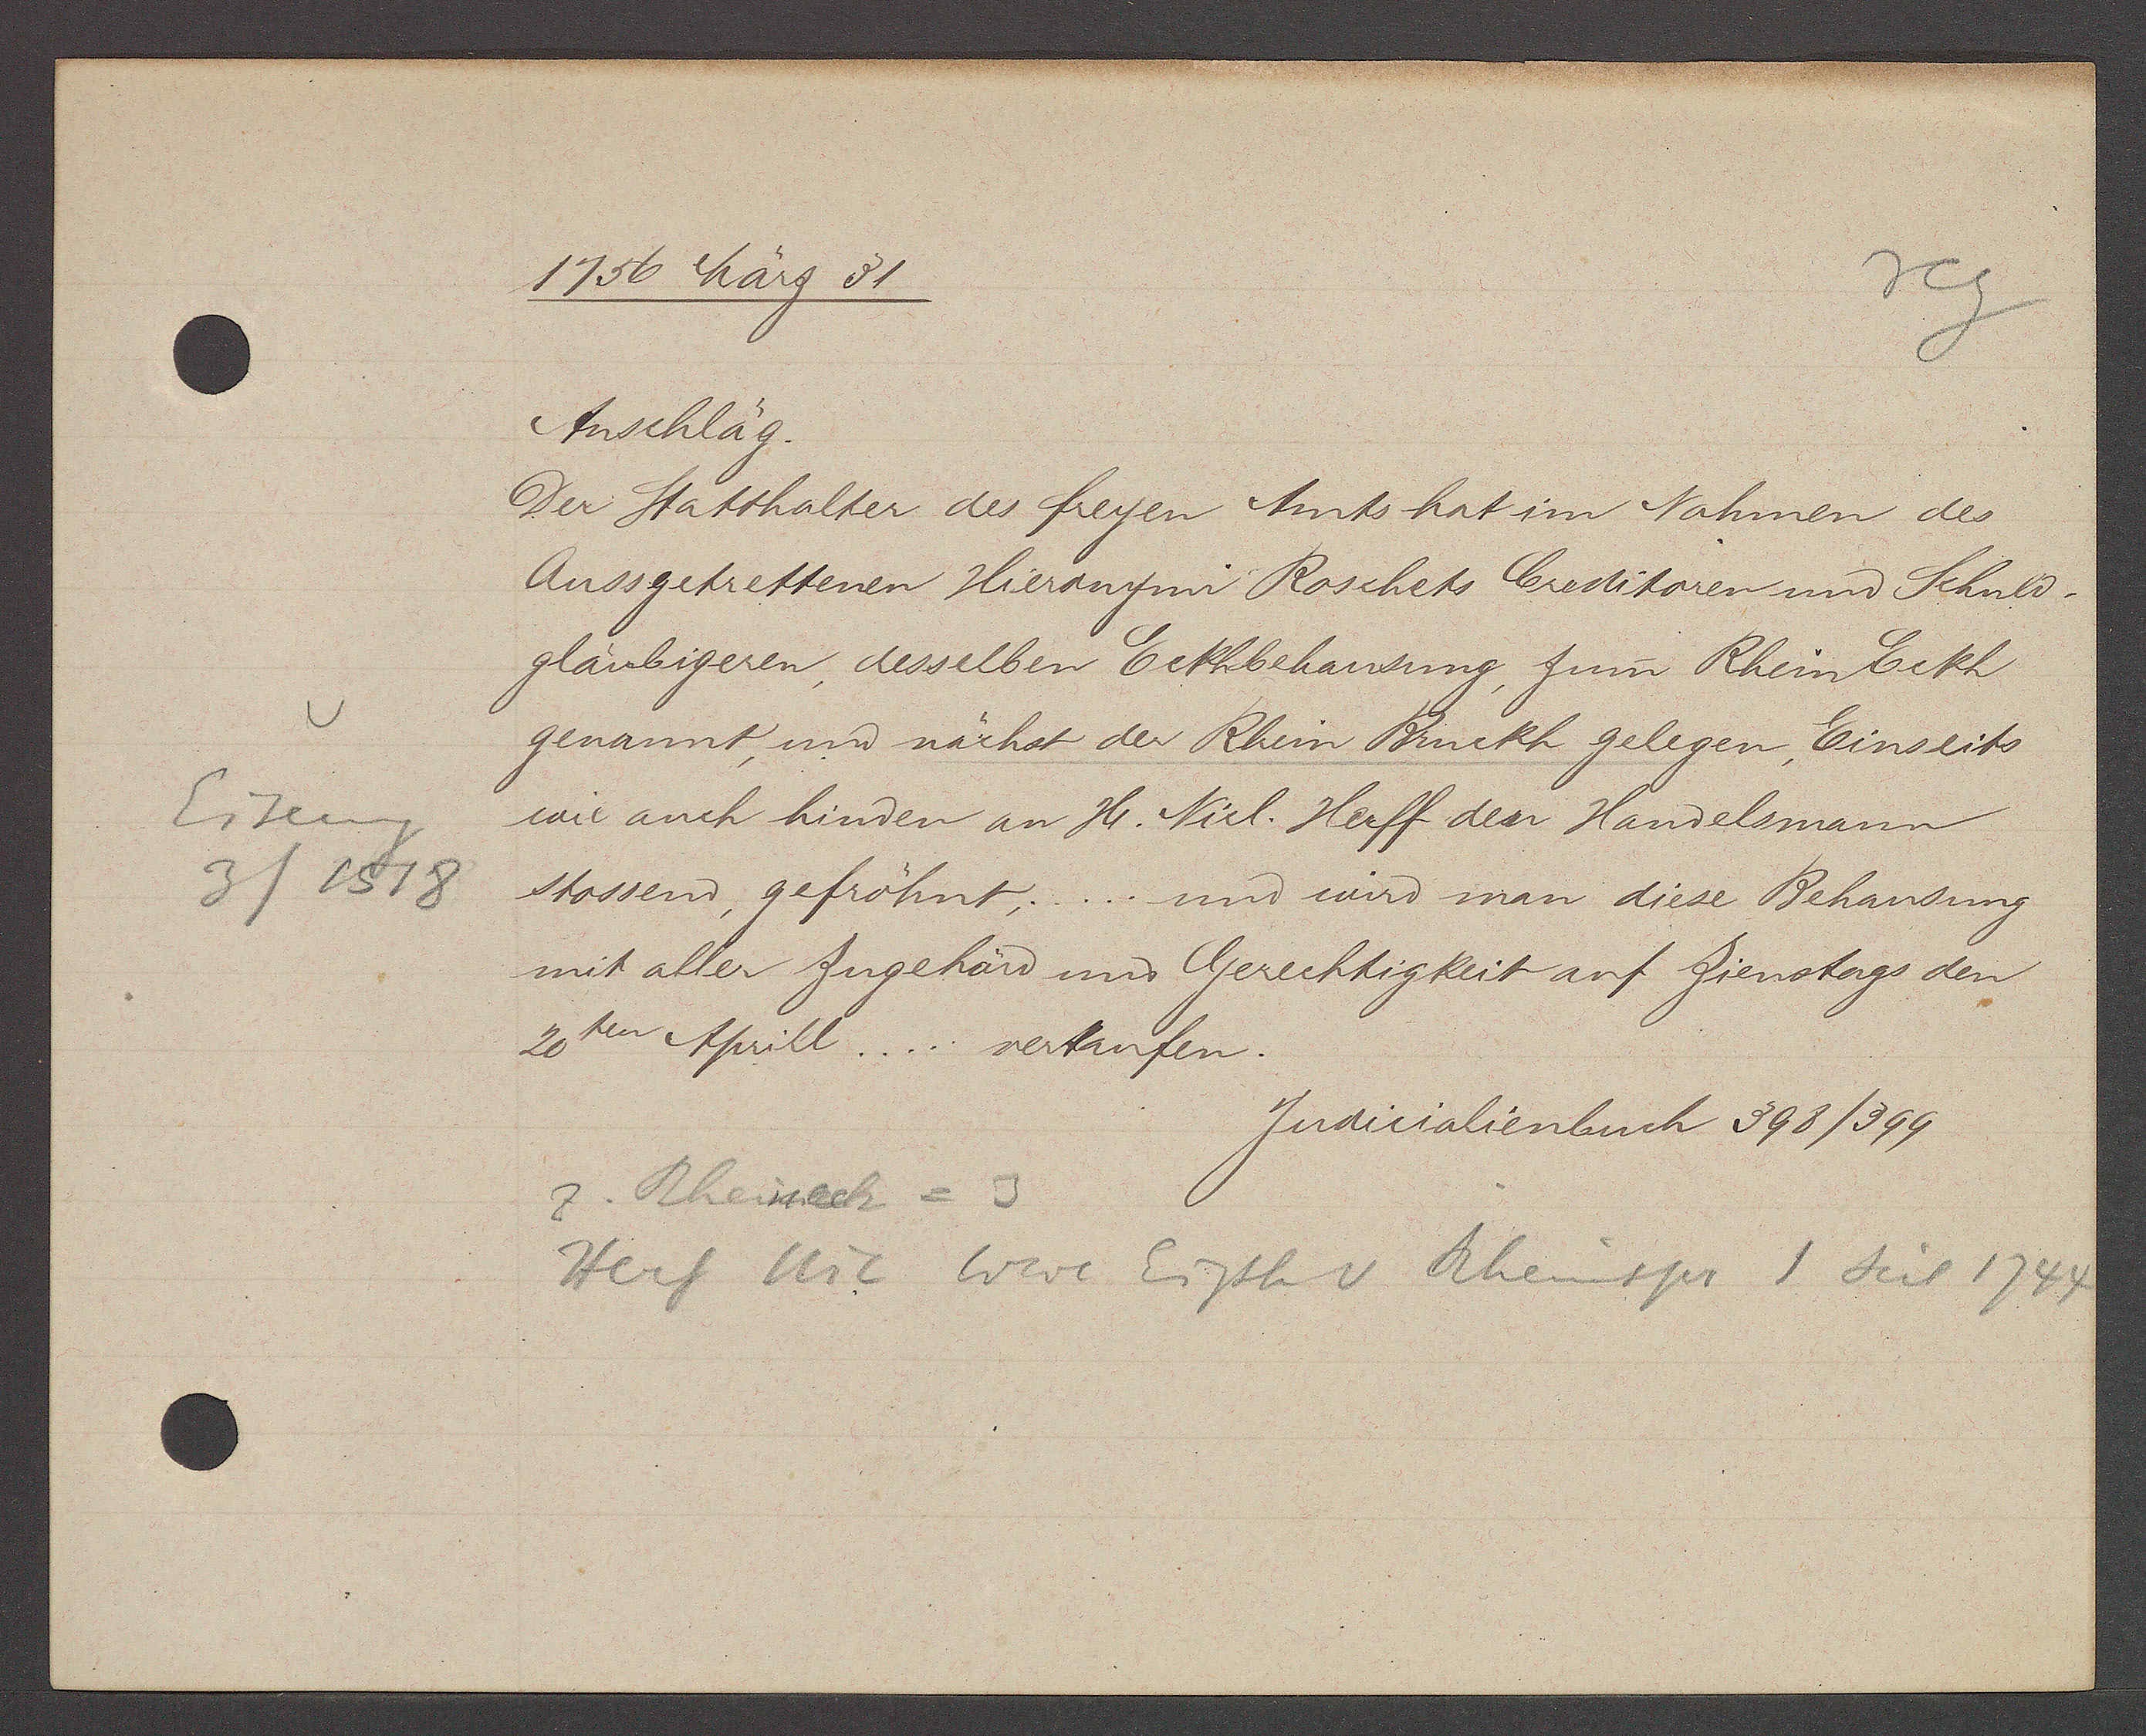
Transcript:
Eiseng
3 / 1518

1758 März 31
Anschläg.
Der Statthalter des freyen Amts hat im Nahmen des
Aussgetrettenen Hieronymi Roschets Creditoren und Schuld-
gläubigeren, desselben Eckhbehausung, zum Rhein Eckh
genannt, und nächst der Rhein Bruckh gelegen, Einseits
wie auch hinder an Hr. Nicl. Herff den Handelsmann
stossend, gefrönt, ..... und wird man diese Behausung
mit allen Zugehärd und Gerechtigkeit auf Zienstags den
20ten Aprill ..... verkaufen.
Judicalienbuch 398/399
z. Rheinech = 3
Herf Nic war Eigth v Rheinspr 1 seit 1744